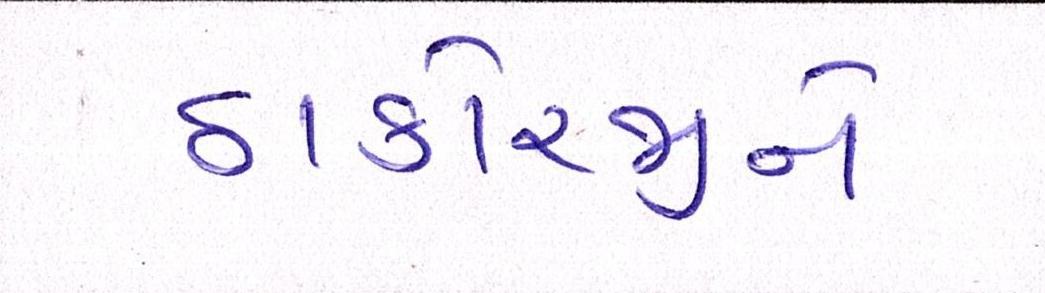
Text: ઠાકોરજીને